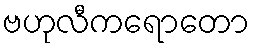
ဗဟုလီကရောတော